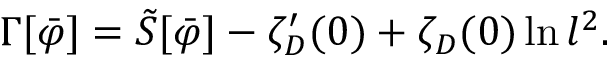
\Gamma [ \bar { \varphi } ] = \tilde { S } [ \bar { \varphi } ] - \zeta _ { \cal D } ^ { \prime } ( 0 ) + \zeta _ { \cal D } ( 0 ) \ln l ^ { 2 } .